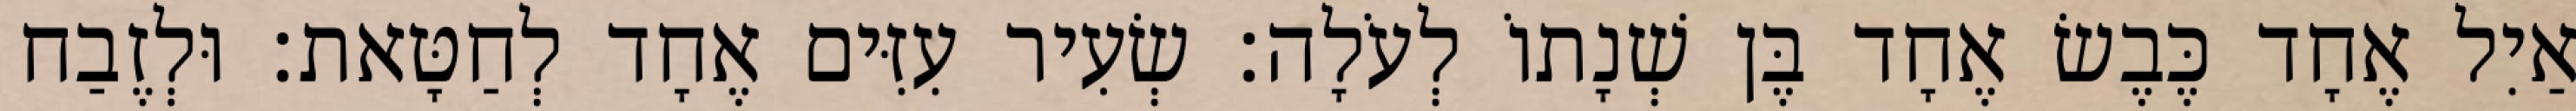
אַיִל אֶחָד כֶּבֶשׂ אֶחָד בֶּן שְׁנָתוֹ לְעֹלָה׃ שְׂעִיר עִזִּים אֶחָד לְחַטָּאת׃ וּלְזֶבַח